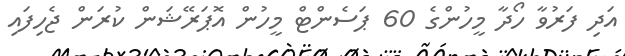
އަދި ފަރުވާ ހޯދާ މީހުންގެ 60 ޕަސެންޓް މީހުން އޮޕަރޭޝަން ކުރަން ޖެހިފައި